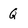
Character: Q